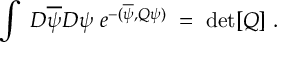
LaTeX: \int \; { \cal D } \overline { { { \psi } } } { \cal D } \psi \; e ^ { - ( \overline { { { \psi } } } , Q \psi ) } \; = \; \mathrm { d e t } [ Q ] \; .